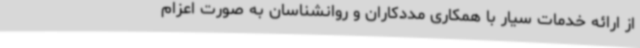
از ارائه خدمات سیار با همکاری مددکاران و روانشناسان به صورت اعزام